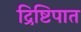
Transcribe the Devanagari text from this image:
द्रिष्टिपात